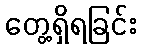
တွေ့ရှိရခြင်း